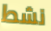
نشط